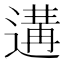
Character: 遘